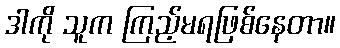
ဒါကို သူက ကြည့်မရဖြစ်နေတာ။